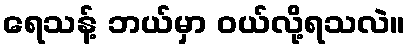
ရေသန့် ဘယ်မှာ ဝယ်လို့ရသလဲ။